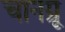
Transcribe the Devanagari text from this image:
चानग्रू